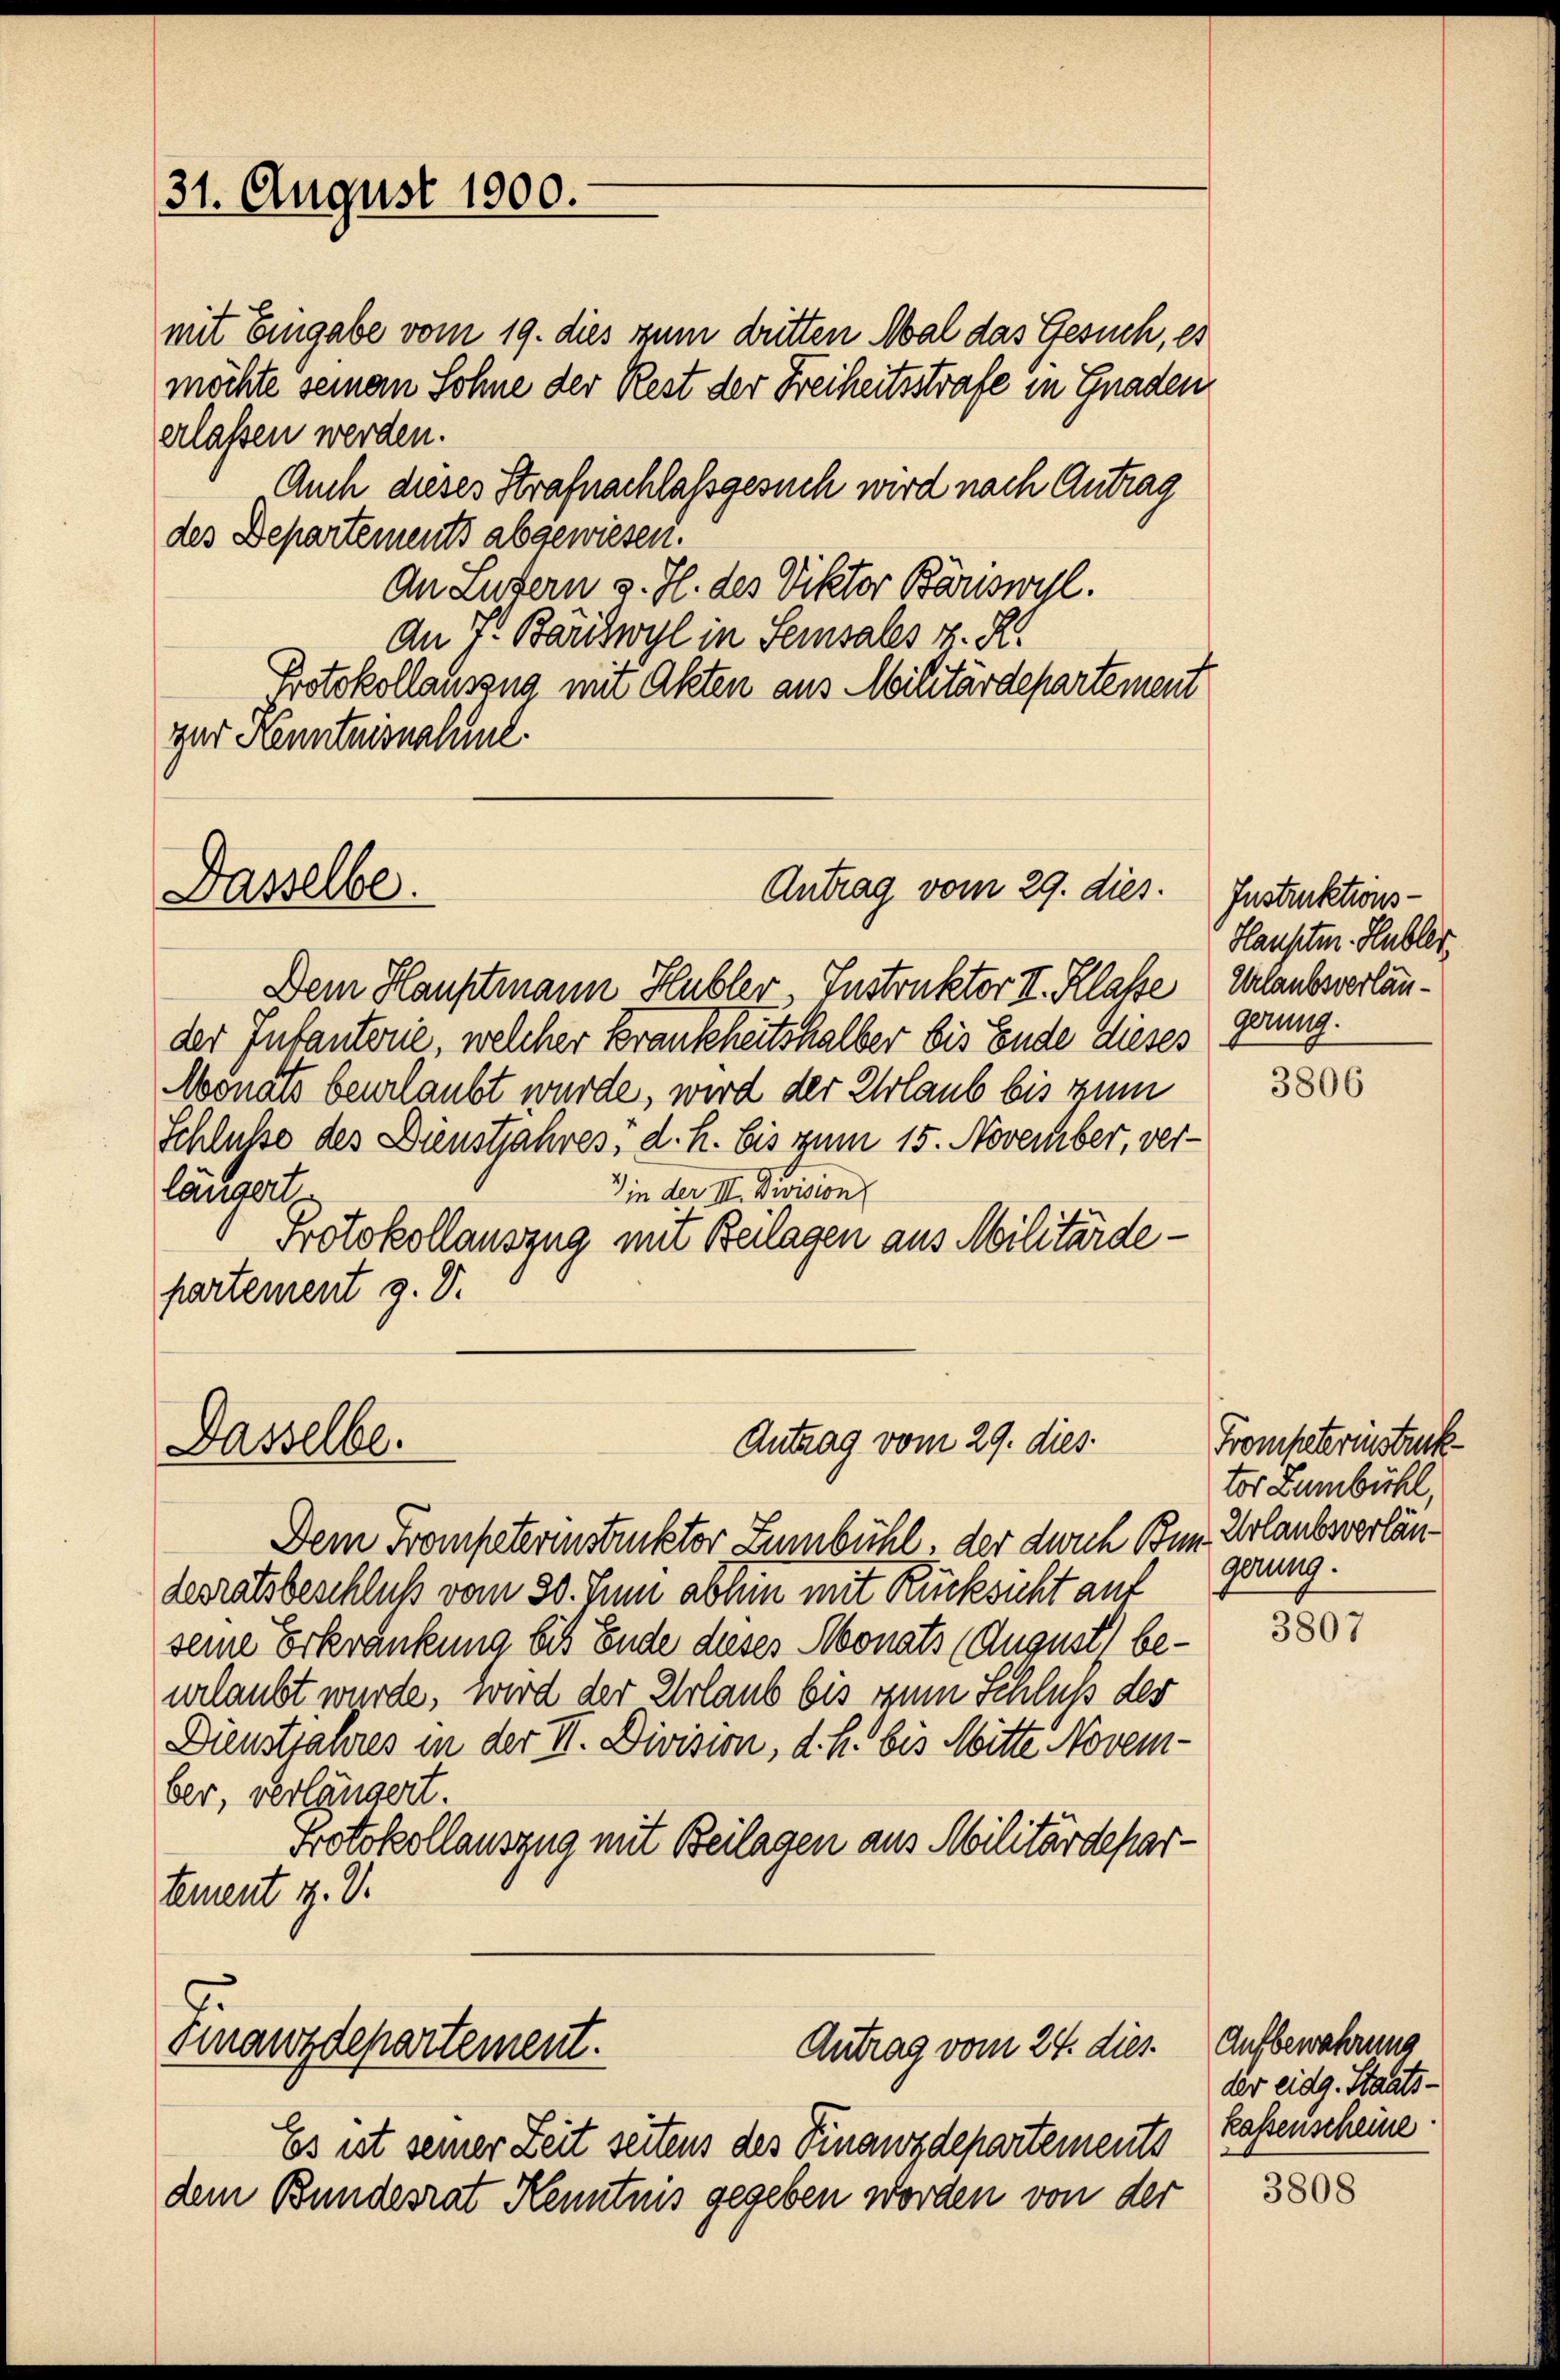
31. August 1900.

mit Eingabe vom 19. dies zum dritten Mal das Gesuch, es
möchte seinem Sohne der Rest der Freiheitsstrafe in Gnaden
erlassen werden.
Auch dieses Strafnachlassgesuch wird nach Antrag
des Departements abgewiesen.
An Luzern v. H. des Viktor Börswill.
An 7. Bäriswyl in Seinsales z. R.
Protokollauszug mit Akten aus Militärdepartement
ger Kenntnisnalunt

Dasselbe.

Dasselbe.

Antrag vom 29. dies.

Antrag vom 29. dies

Dem Trompeterinstruktor Zumbühl, der durch Bun- Urlaubsverländesratsbeschluß vom 30. Juni abhin mit Rücksicht auf
seine Erkrankung bis Ende dieses Monats (August) beurlaubt wurde, wird der Urlaub bis zum Schluß der
Dienstjahres in der II. Division, d. h. bis Mitte November, verlängert.
Protokollauszug mit Beilagen aus Militärdepartement u. V.

Finanzdepartement.
Antrag vom 24. dies

Es ist seiner Zeit seitens des Finanzdepartements
dem Bundesrat Kenntnis gegeben worden von der

Dem Hauptmann Hubler Instruktor II. Klasse
der Infanterie, welcher Krankheitshalber bis Ende dieses
Monats beurlaubt wurde, wird der Urlaub bis zum
Schlusse des Dienstjahres, d. h. bis zum 15. November, ver-
längert
) in der III. Division
Protokollauszug mit Beilagen aus Militärdepartement 9. d.

Instruktions-
Hauptm. Hubler
Urlaubsverlängerung.

3806

Trompeterinstruk
tor Lumbühl,
gerung.

3807

Aufbewahrung
der eidg. Staatskassenscheine

3808